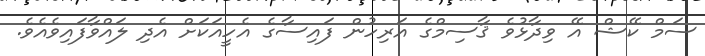
ސަމް ކޭޝް އޭ ވިދާޅުވެ ޤާސިމްގެ އަރިހުން ފައިސާގެ އެހީއަކަށް އެދި ލައްވާފައިވެއެވެ.